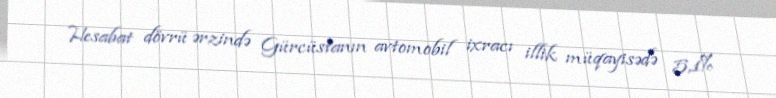
Hesabat dövrü ərzində Gürcüstanın avtomobil ixracı illik müqayisədə 5,1%